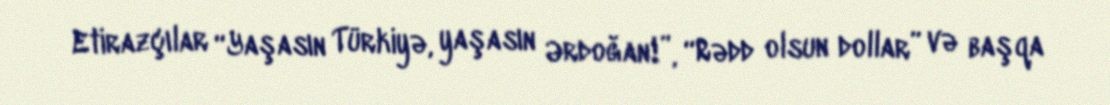
Etirazçılar “Yaşasın Türkiyə, yaşasın Ərdoğan!”, “Rədd olsun dollar” və başqa